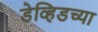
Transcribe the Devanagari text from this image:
डेव्हिडच्या